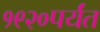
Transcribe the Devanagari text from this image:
१९२०पर्यंत